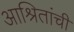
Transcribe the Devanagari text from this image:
आश्रितांची